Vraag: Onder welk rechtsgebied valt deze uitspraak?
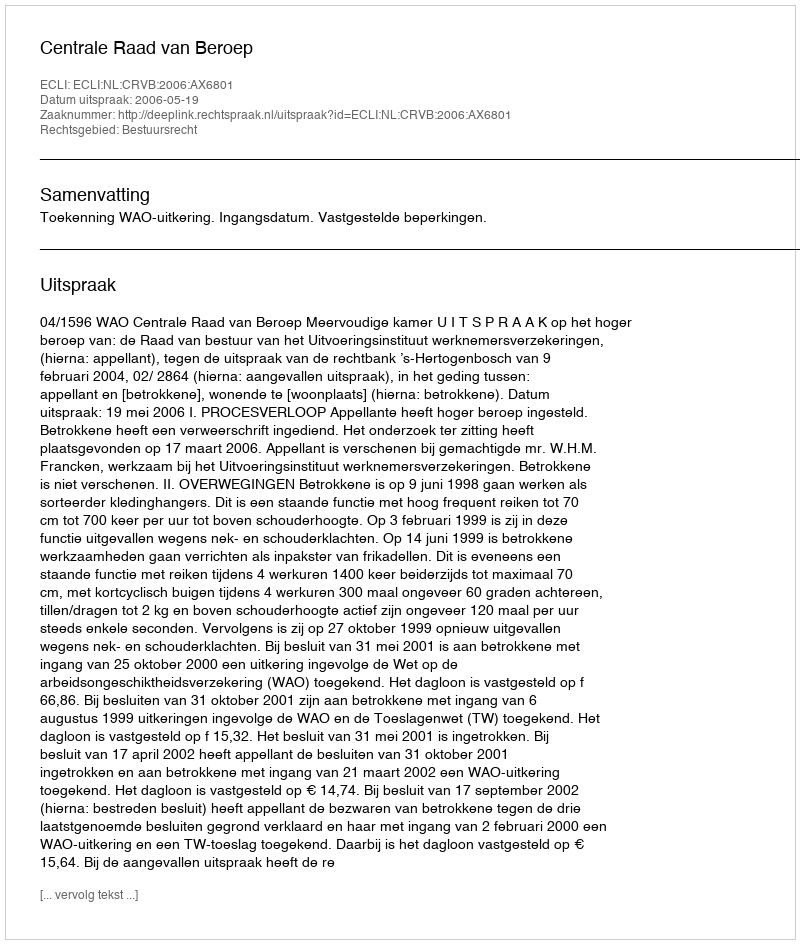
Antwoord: Bestuursrecht